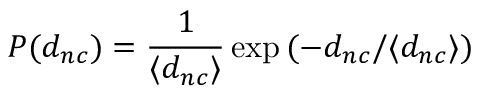
P ( d _ { n c } ) = \frac { 1 } { \langle d _ { n c } \rangle } \exp { ( - d _ { n c } / \langle d _ { n c } \rangle ) }